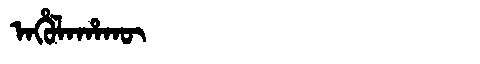
Manchu: ᠠᡥᡠᠯᠠᡥᠠᡴᡡ
Romanization: AHULAHAKŪ